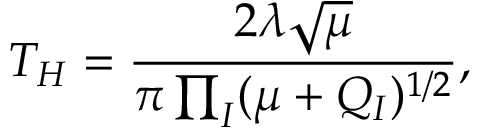
T _ { H } = \frac { 2 \lambda \sqrt { \mu } } { \pi \prod _ { I } ( \mu + Q _ { I } ) ^ { 1 / 2 } } ,